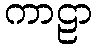
ကာဠာ